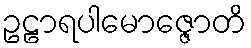
ဥဠာရပါမောဇ္ဇောတိ